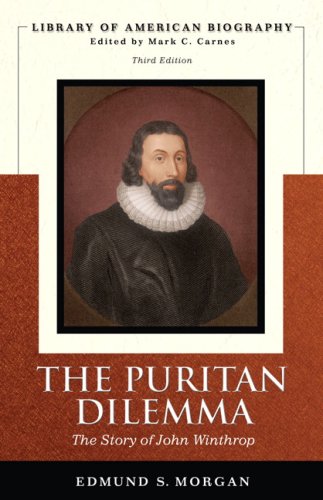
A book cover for The Puritan Dilemma: The Story of John Winthrop (Library of American Biography); Edmund S. Morgan; Biographies & Memoirs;